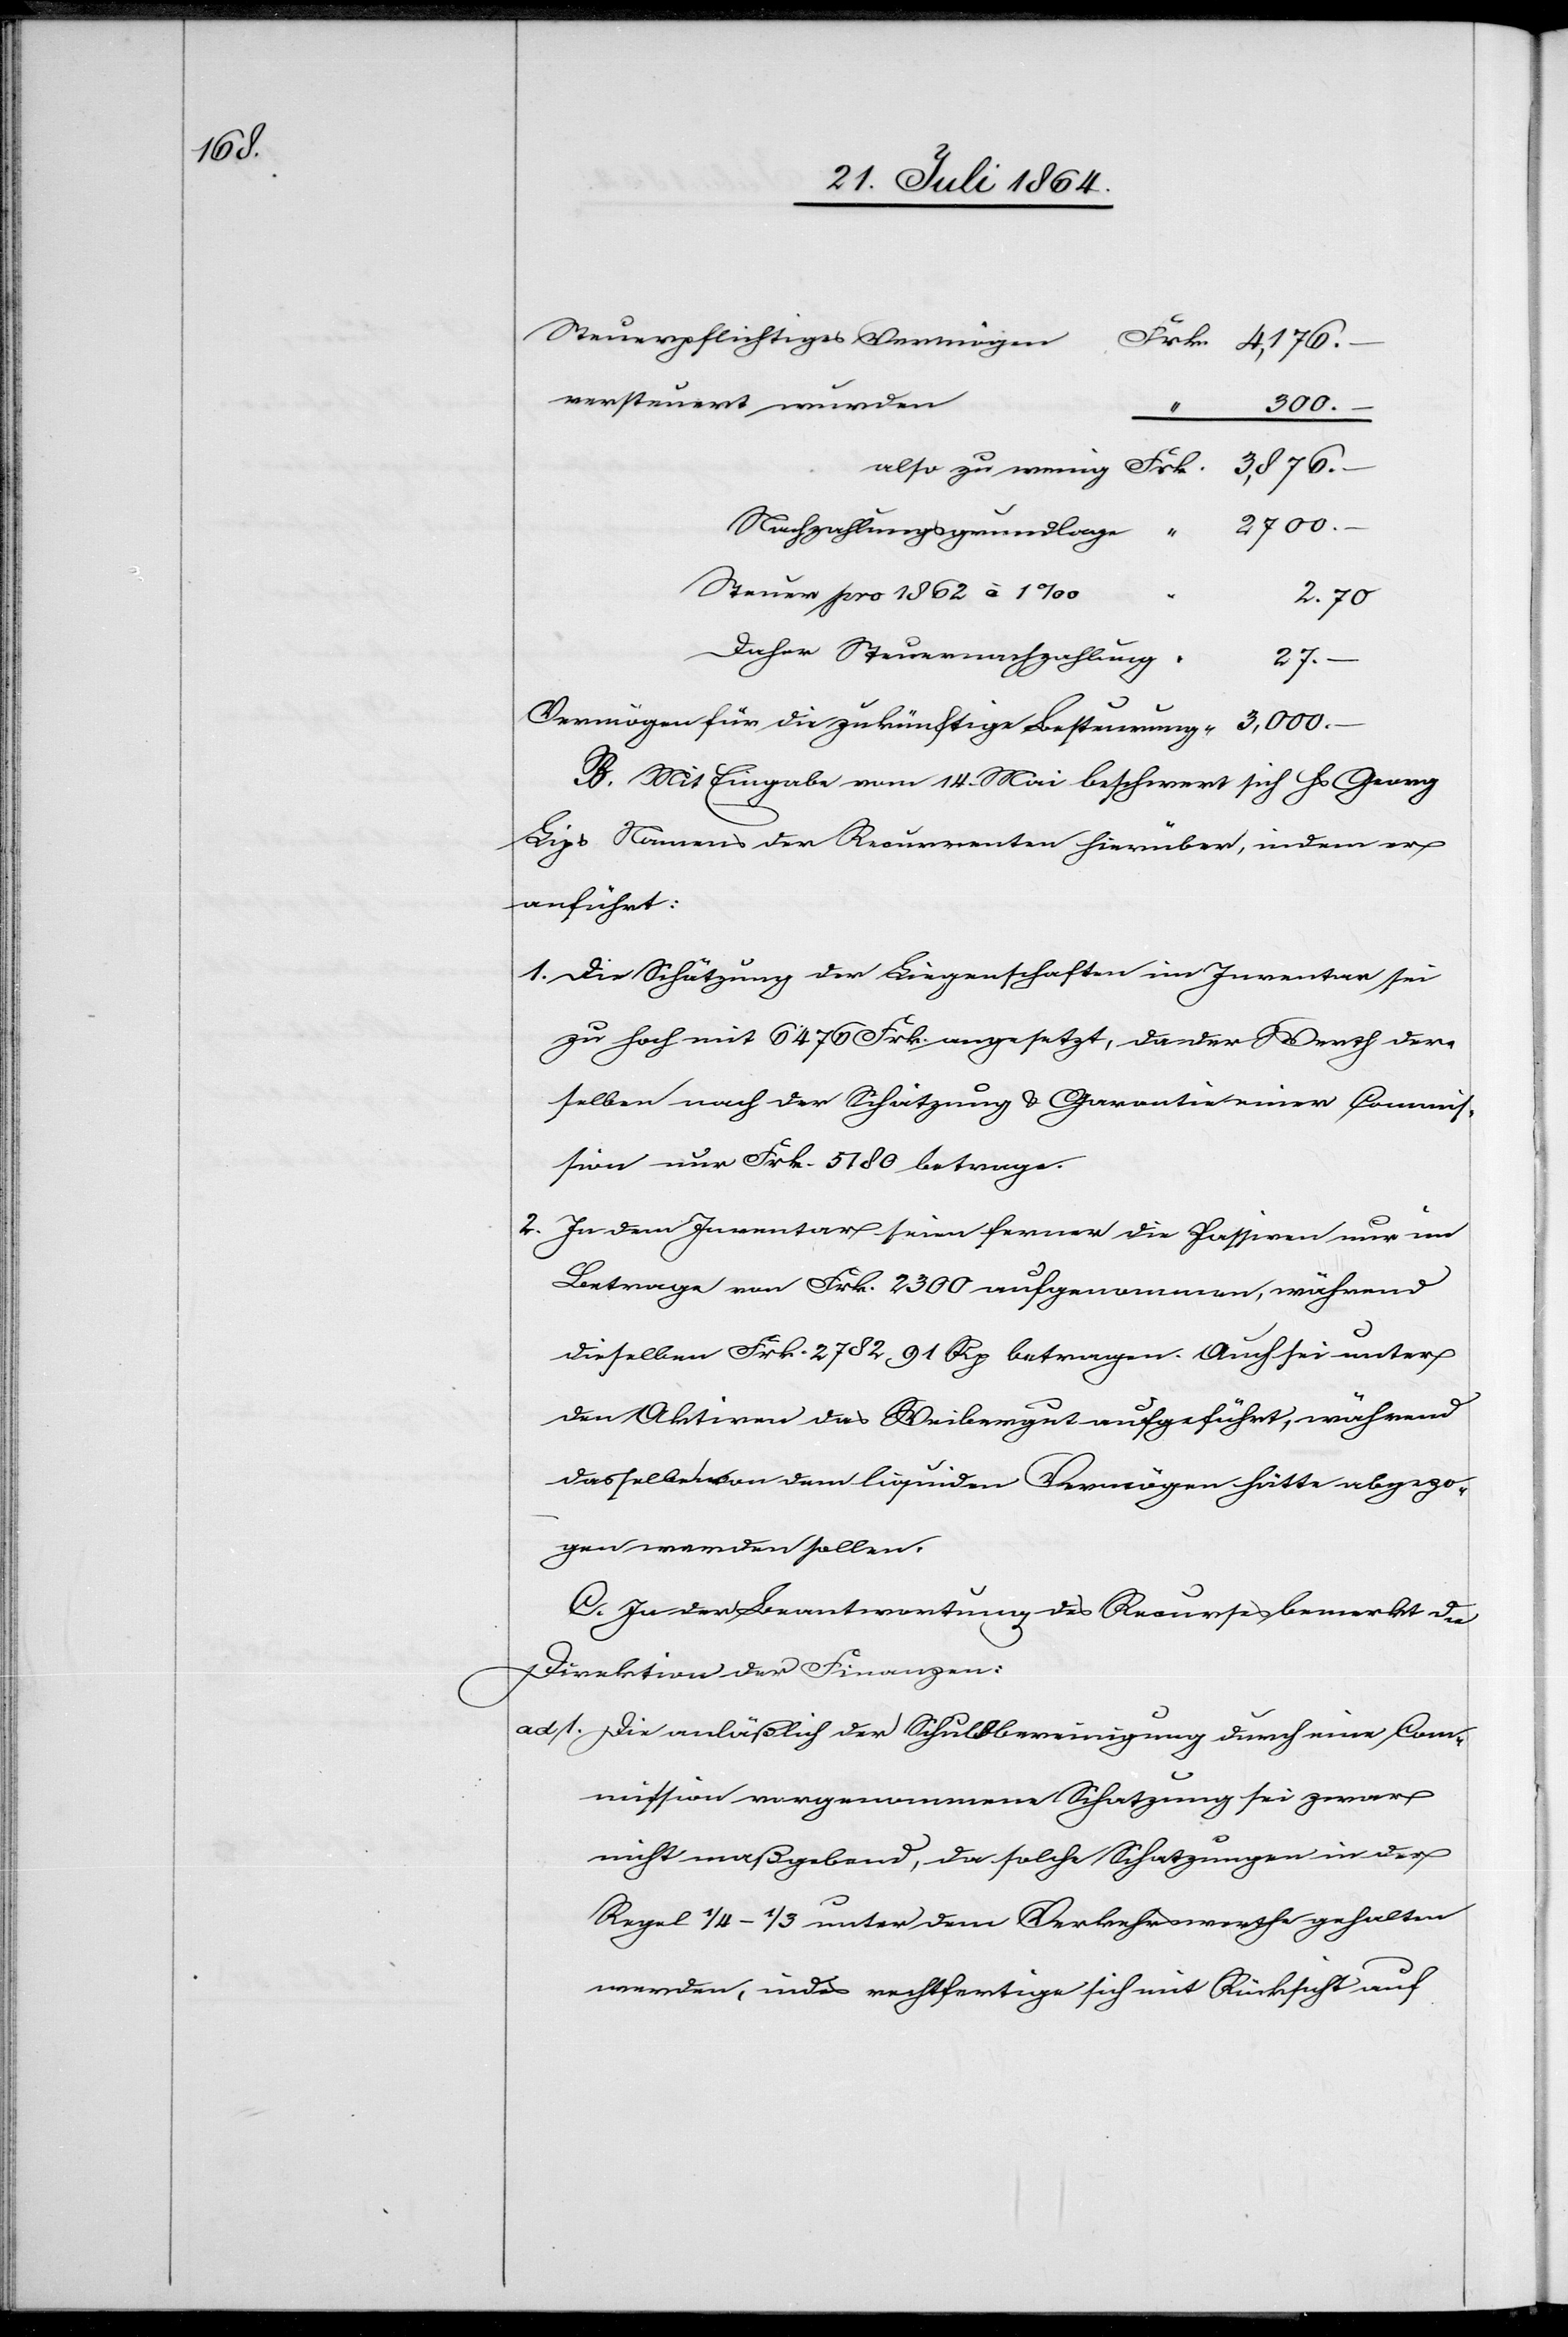
4,176.

versteuert wurden
3,000.–
2700.–
Nachzahlungsgrundlage
Steuer pro 1862 à 1‰
2.70
–
Daher Steuernachzahlung:
27.–
Vermögen für die zukünftige Besteuerung:
B. Mit Eingabe vom 14. Mai beschwert sich Hs. Georg
Lips Namens der Recurrenten hierüber, indem er
anführt:
1. Die Schätzung der Liegenschaften im Inventar sei
zu hoch mit 6474 Frk. angesetzt, da der Werth der¬
selben nach der Schätzung u. Garantie einer Commis¬
sion nur Frk. 5780 betrage.
2. In dem Inventar seien ferner die Passiven nur im
Betrage von Frk. 2300 aufgenommen, während
dieselben Frk. 2782 91 Rp betragen. Auch sei unter
den Aktiven das Weibergut aufgeführt, während
dasselbe von dem liquiden Vermögen hätte abgezo¬
gen werden sollen.
C. In der Beantwortung des Recurses bemerkt die
Direktion der Finanzen:
ad 1. Die anläßlich der Schuldbereinigung durch eine Com¬
mission vorgenommene Schatzung sei zwar
nicht maßgebend, da solche Schatzungen in der
Regel 1/4–1/3 unter dem Verkehrswerthe gehalten
werden, indes rechtfertige sich mit Rücksicht auf